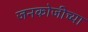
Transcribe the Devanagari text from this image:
जनकोजीच्या